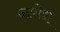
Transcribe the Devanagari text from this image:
जातेश्